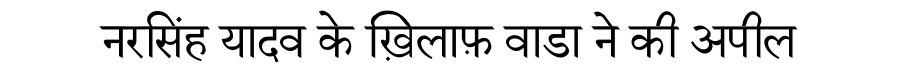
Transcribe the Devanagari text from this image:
नरसिंह यादव के ख़िलाफ़ वाडा ने की अपील